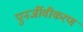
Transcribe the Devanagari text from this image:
पुनर्जीवीकरण